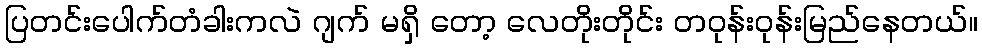
ပြတင်းပေါက်တံခါးကလဲ ဂျက် မရှိ တော့ လေတိုးတိုင်း တဝုန်းဝုန်းမြည်နေတယ်။